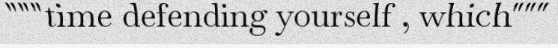
"""time defending yourself , which"""